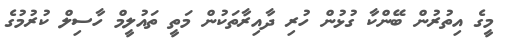
މީގެ އިތުރުން ބޭންކާ ގުޅުން ހުރި ދާއިރާތަކުން މަތީ ތައުލީމް ހާސިލް ކުރުމުގެ